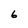
Character: 6